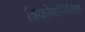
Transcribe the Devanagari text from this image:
त्रिकोणमितिक